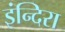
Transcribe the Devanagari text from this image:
इंन्दिरा